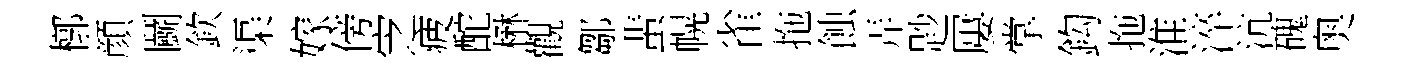
槨顔鬬欽渠嫁傍㝎疲酡楙觀鄒蜚幌雀拖蝕弄尟屢掌鈎拖淮淬沆磈奥